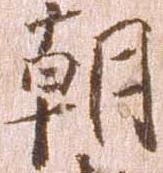
朝